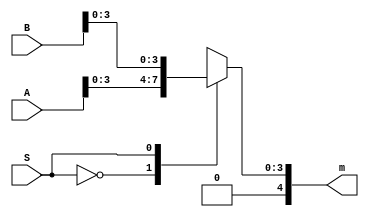
module four_bit_two_input_mux (A,B,S,m);

	input wire [4:0] A, B;
	input wire S;
	output wire [4:0]m;
	reg [3:0]out;
	always @ (S)
		case (S)
		0: out= A;
		1: out= B;
		endcase
		assign m=out;
		
endmodule